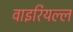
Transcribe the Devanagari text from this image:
वाइरियल्ल